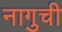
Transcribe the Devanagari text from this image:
नागुची